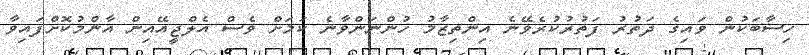
ހިސާބަކުން ވައިގެ ދަތުރު ފަތުރުކުރެވޭނެ އިންތިޒާމު ހުންނަންވާނެ ކަމަށް ވެސް އެލްޖީއޭއިން އާންމުކޮށްފައިވާ